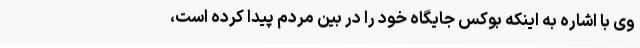
وی با اشاره به اینکه بوکس جایگاه خود را در بین مردم پیدا کرده است،